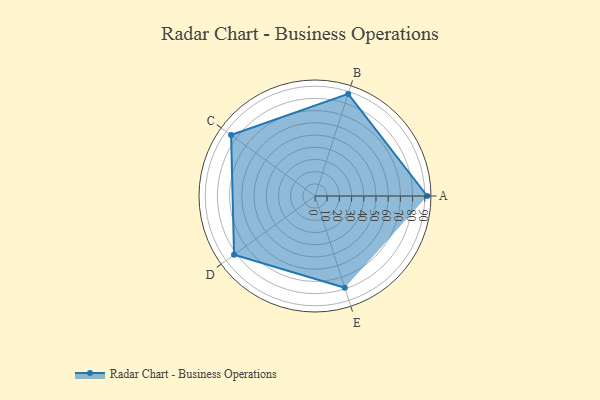
{"axis": {"x": "Skill", "y": "Score"}, "legend": ["Profile"], "data": [{"x": "A", "y": 92.0, "type": "Profile"}, {"x": "B", "y": 88.0, "type": "Profile"}, {"x": "C", "y": 85.0, "type": "Profile"}, {"x": "D", "y": 82.0, "type": "Profile"}, {"x": "E", "y": 79.0, "type": "Profile"}]}